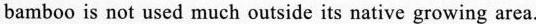
bamboo is not used much outside its native growing area.